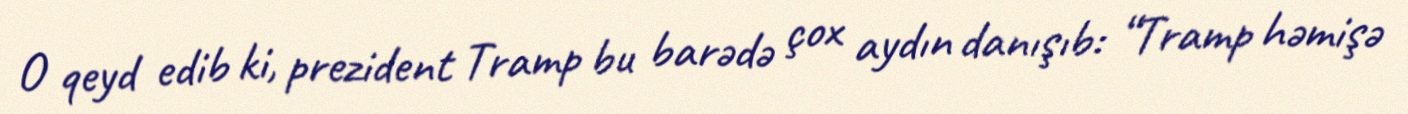
O qeyd edib ki, prezident Tramp bu barədə çox aydın danışıb: “Tramp həmişə